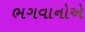
ભગવાનોએ